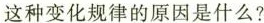
这种变化规律的原因是什么?